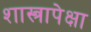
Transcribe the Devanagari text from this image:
शास्त्रापेक्षा